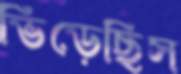
ভিড়েছিস